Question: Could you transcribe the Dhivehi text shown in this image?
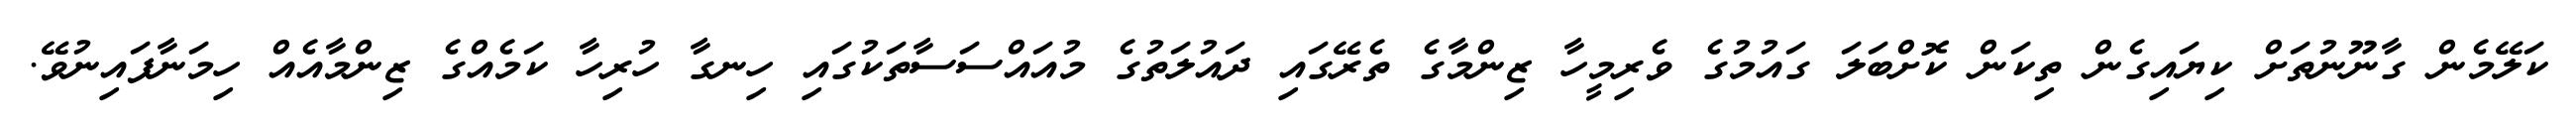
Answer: ކަލޭމެން ގާނޫނުތަށް ކިޔައިގެން ތިކަން ކޮށްބަލަ ގައުމުގެ ވެރިމީހާ ޒިންމާގެ ތެރޭގައި ދައުލަތުގެ މުއައްސަސާތަކުގައި ހިނގާ ހުރިހާ ކަމެއްގެ ޒިންމާއެއް ހިމަނާފައިނުވޭ.